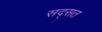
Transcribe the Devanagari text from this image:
सद्सत